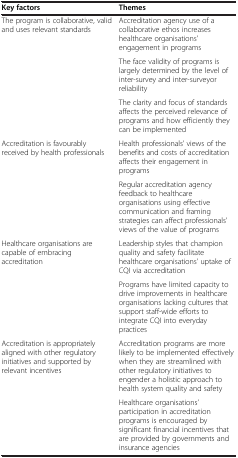
<table><thead><tr><td><b>Key factors</b></td><td><b>Themes</b></td></tr></thead><tbody><tr><td rowspan="3">The program is collaborative, valid and uses relevant standards</td><td>Accreditation agency use of a collaborative ethos increases healthcare organisations’ engagement in programs</td></tr><tr><td>The face validity of programs is largely determined by the level of inter-survey and inter-surveyor reliability</td></tr><tr><td>The clarity and focus of standards affects the perceived relevance of programs and how efficiently they can be implemented</td></tr><tr><td rowspan="2">Accreditation is favourably received by health professionals</td><td>Health professionals’ views of the benefits and costs of accreditation affects their engagement in programs</td></tr><tr><td>Regular accreditation agency feedback to healthcare organisations using effective communication and framing strategies can affect professionals’ views of the value of programs</td></tr><tr><td rowspan="2">Healthcare organisations are capable of embracing accreditation</td><td>Leadership styles that champion quality and safety facilitate healthcare organisations’ uptake of CQI via accreditation</td></tr><tr><td>Programs have limited capacity to drive improvements in healthcare organisations lacking cultures that support staff-wide efforts to integrate CQI into everyday practices</td></tr><tr><td>Accreditation is appropriately aligned with other regulatory initiatives and supported by relevant incentives</td><td>Accreditation programs are more likely to be implemented effectively when they are streamlined with other regulatory initiatives to engender a holistic approach to health system quality and safety</td></tr><tr><td> </td><td>Healthcare organisations’ participation in accreditation programs is encouraged by significant financial incentives that are provided by governments and insurance agencies</td></tr></tbody></table>